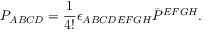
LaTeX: P _ { A B C D } = \frac { 1 } { 4 ! } \epsilon _ { A B C D E F G H } \bar { P } ^ { E F G H } .